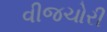
વીજચોરી